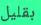
بقليل